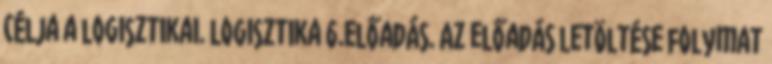
célja a logisztikai. Logisztika 6.előadás. Az előadás letöltése folymat